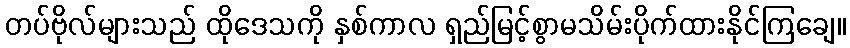
တပ်ဗိုလ်များသည် ထိုဒေသကို နှစ်ကာလ ရှည်မြင့်စွာမသိမ်းပိုက်ထားနိုင်ကြချေ။